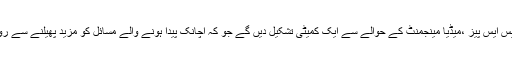
انتظامیہ ،ڈپٹی کمشنرز اور ایس ایس پیز ،میڈیا مینجمنٹ کے حوالے سے ایک کمیٹی تشکیل دیں گے جو کہ اچانک پیدا ہونے والے مسائل کو مزید پھیلنے سے روکنے کے لیے کام کرے گی۔